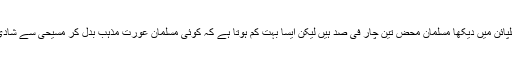
میں نے فلپائن میں دیکھا مسلمان محض تین چار فی صد ہیں لیکن ایسا بہت کم ہوتا ہے کہ کوئی مسلمان عورت مذہب بدل کر مسیحی سے شادی کر لے۔